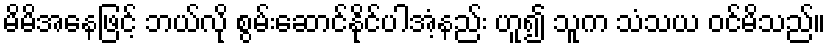
မိမိအနေဖြင့် ဘယ်လို စွမ်းဆောင်နိုင်ပါအံ့နည်း ဟူ၍ သူက သံသယ ဝင်မိသည်။